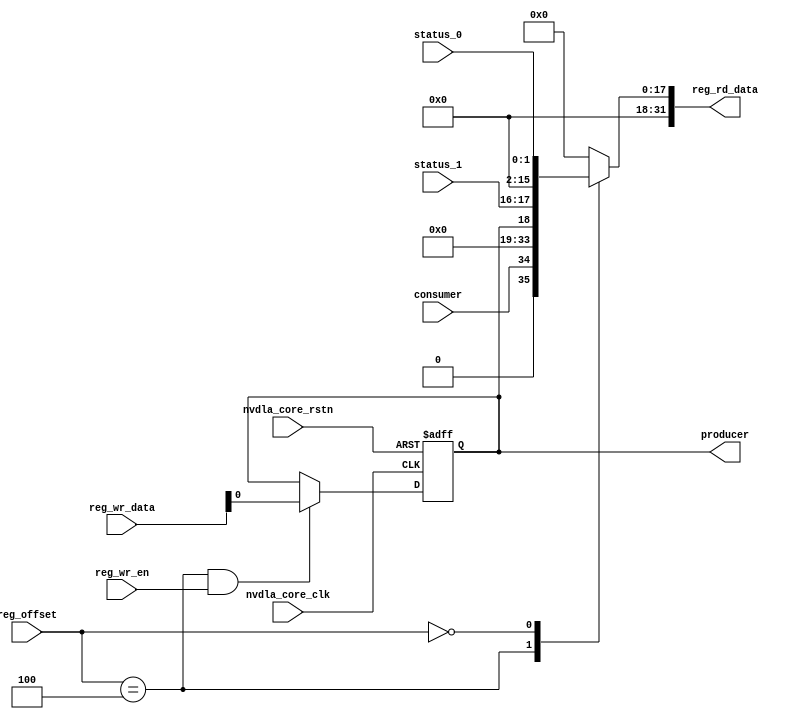
// ================================================================
// NVDLA Open Source Project
// 
// Copyright(c) 2016 - 2017 NVIDIA Corporation.  Licensed under the
// NVDLA Open Hardware License; Check "LICENSE" which comes with 
// this distribution for more information.
// ================================================================


module NV_NVDLA_CACC_single_reg (
   reg_rd_data
  ,reg_offset
   // verilint 498 off
   // leda UNUSED_DEC off
  ,reg_wr_data
   // verilint 498 on
   // leda UNUSED_DEC on
  ,reg_wr_en
  ,nvdla_core_clk
  ,nvdla_core_rstn
  ,producer
  ,consumer
  ,status_0
  ,status_1
  );

wire   [31:0] nvdla_cacc_s_pointer_0_out;
wire   [31:0] nvdla_cacc_s_status_0_out;
wire   [11:0] reg_offset_rd_int;
wire   [31:0] reg_offset_wr;
// Register control interface
output [31:0] reg_rd_data;
input [11:0]  reg_offset;
input [31:0]  reg_wr_data;  //(UNUSED_DEC)
input         reg_wr_en;
input         nvdla_core_clk;
input         nvdla_core_rstn;


// Writable register flop/trigger outputs
output        producer;

// Read-only register inputs
input         consumer;
input [1:0]   status_0;
input [1:0]   status_1;

// wr_mask register inputs

// rstn register inputs

// leda FM_2_23 off
reg           arreggen_abort_on_invalid_wr;
reg           arreggen_abort_on_rowr;
reg           arreggen_dump;
// leda FM_2_23 on
reg           producer;
reg    [31:0] reg_rd_data;

assign reg_offset_wr = {20'b0 , reg_offset};
// SCR signals

// Address decode
wire nvdla_cacc_s_pointer_0_wren = (reg_offset_wr == (32'h9004  & 32'h00000fff)) & reg_wr_en ;  //spyglass disable UnloadedNet-ML //(W528)
wire nvdla_cacc_s_status_0_wren = (reg_offset_wr == (32'h9000  & 32'h00000fff)) & reg_wr_en ;  //spyglass disable UnloadedNet-ML //(W528)

assign nvdla_cacc_s_pointer_0_out[31:0] = { 15'b0, consumer, 15'b0, producer };
assign nvdla_cacc_s_status_0_out[31:0] = { 14'b0, status_1, 14'b0, status_0 };

assign reg_offset_rd_int = reg_offset;
// Output mux
//spyglass disable_block W338, W263 
always @(
  reg_offset_rd_int
  or nvdla_cacc_s_pointer_0_out
  or nvdla_cacc_s_status_0_out
  ) begin
  case (reg_offset_rd_int)
     (32'h9004  & 32'h00000fff): begin 
                            reg_rd_data =  nvdla_cacc_s_pointer_0_out ;
                            end 
     (32'h9000  & 32'h00000fff): begin 
                            reg_rd_data =  nvdla_cacc_s_status_0_out ;
                            end 
    default: reg_rd_data = {32{1'b0}};
  endcase
end

//spyglass enable_block W338, W263

// spyglass disable_block STARC-2.10.1.6, NoConstWithXZ, W443

// Register flop declarations
always @(posedge nvdla_core_clk or negedge nvdla_core_rstn) begin
  if (!nvdla_core_rstn) begin
    producer <= 1'b0;
  end else begin
  // Not generating flops for read-only field NVDLA_CACC_S_POINTER_0::consumer

  // Register: NVDLA_CACC_S_POINTER_0    Field: producer
  if (nvdla_cacc_s_pointer_0_wren) begin
    producer <= reg_wr_data[0];
  end

  // Not generating flops for read-only field NVDLA_CACC_S_STATUS_0::status_0

  // Not generating flops for read-only field NVDLA_CACC_S_STATUS_0::status_1

  end
end
// spyglass enable_block STARC-2.10.1.6, NoConstWithXZ, W443

// synopsys translate_off
// VCS coverage off
initial begin
  arreggen_dump                  = $test$plusargs("arreggen_dump_wr");
  arreggen_abort_on_rowr         = $test$plusargs("arreggen_abort_on_rowr");
  arreggen_abort_on_invalid_wr   = $test$plusargs("arreggen_abort_on_invalid_wr");
`ifdef VERILATOR
`else
  $timeformat(-9, 2, "ns", 15);
`endif
end

always @(posedge nvdla_core_clk) begin
  if (reg_wr_en) begin
    case(reg_offset)
      (32'h9004  & 32'h00000fff): if (arreggen_dump) $display("%t:%m: reg wr: NVDLA_CACC_S_POINTER_0 = 0x%h (old value: 0x%h, 0x%b))", $time, reg_wr_data, nvdla_cacc_s_pointer_0_out, nvdla_cacc_s_pointer_0_out);
      (32'h9000  & 32'h00000fff): begin
          if (arreggen_dump) $display("%t:%m: read-only reg wr: NVDLA_CACC_S_STATUS_0 = 0x%h", $time, reg_wr_data);
          if (arreggen_abort_on_rowr) begin $display("ERROR: write to read-only register!"); $finish; end
        end
      default: begin
          if (arreggen_dump) $display("%t:%m: reg wr: Unknown register (0x%h) = 0x%h", $time, reg_offset, reg_wr_data);
          if (arreggen_abort_on_invalid_wr) begin $display("ERROR: write to undefined register!"); $finish; end
        end
    endcase
  end
end

// VCS coverage on
// synopsys translate_on

endmodule // NV_NVDLA_CACC_single_reg